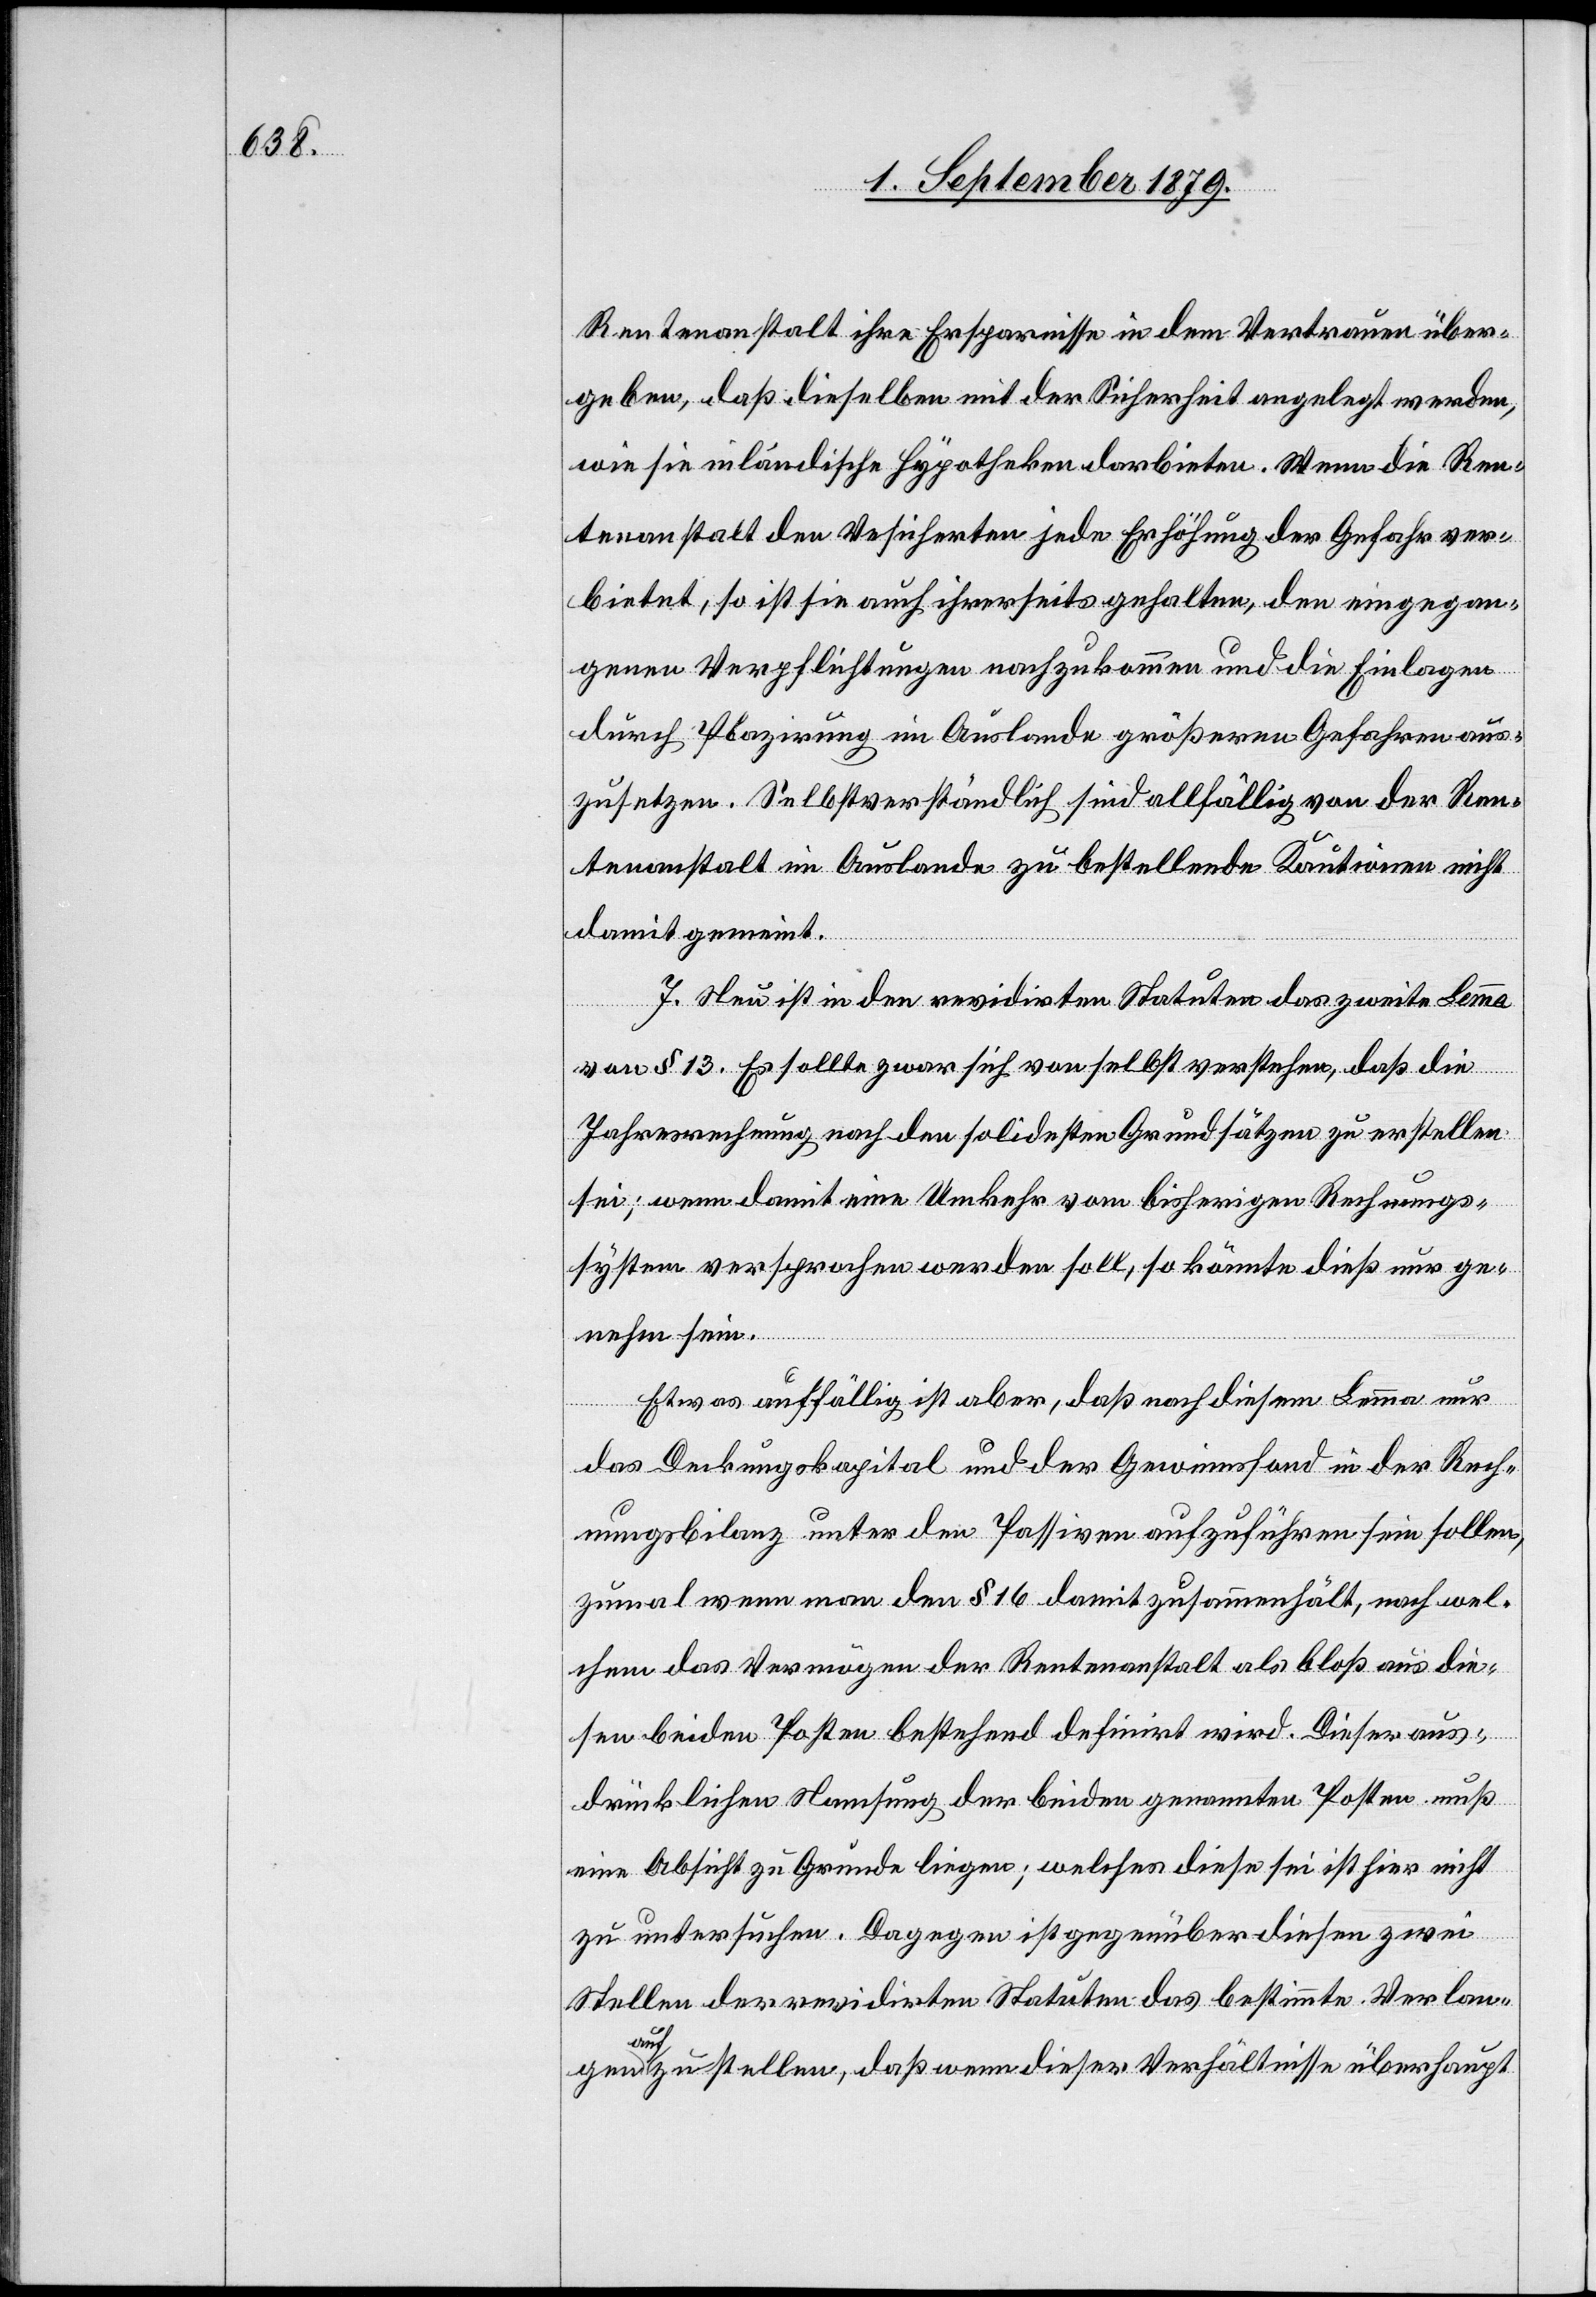
Rentenanstalt ihre Ersparnisse in dem Vertrauen über¬
geben, daß dieselben mit der Sicherheit angelegt werden,
wie sie inländische Hypotheken darbieten. Wenn die Ren¬
tenanstalt den Ve[r]sicherten jede Erhöhung der Gefahr ver¬
bietet, so ist sie auch ihrerseits gehalten, den eingegan¬
genen Verpflichtungen nachzukommen und die Einlagen
durch Plazirung im Auslande größeren Gefahren aus¬
zusetzen. Selbstverständlich sind allfällig von der Ren¬
tenanstalt im Auslande zu bestellende Kautionen nicht
damit gemeint.
7. Neu ist in den revidirten Statuten das zweite Lemma
von § 13. Es sollte zwar sich von selbst verstehen, daß die
Jahresrechnung nach den solidesten Grundsätzen zu erstellen
sei; wenn damit eine Umkehr vom bisherigen Rechnungs¬
system versprochen werden soll, so könnte dieß nur ge¬
nehm sein.
Etwas auffällig ist aber, daß nach diesem Lemma nur
das Deckungskapital und der Gewinnsfond in der Rech¬
nungsbilanz unter den Passiven aufzuführen sein sollen,
zumal wenn man den § 16 damit zusammenhält, nach wel¬
chem das Vermögen der Rentenanstalt als bloß aus die¬
sen beiden Posten bestehend definirt wird. Dieser aus¬
drücklichen Namsung der beiden genannten Posten muß
eine Absicht zu Grunde liegen, welches diese sei ist hier nicht
zu untersuchen. Dagegen ist gegenüber diesen zwei
Stellen der revidirten Statuten das bestimmte Verlan¬
gen aufzustellen, daß wenn dieser Verhältnisse überhaupt